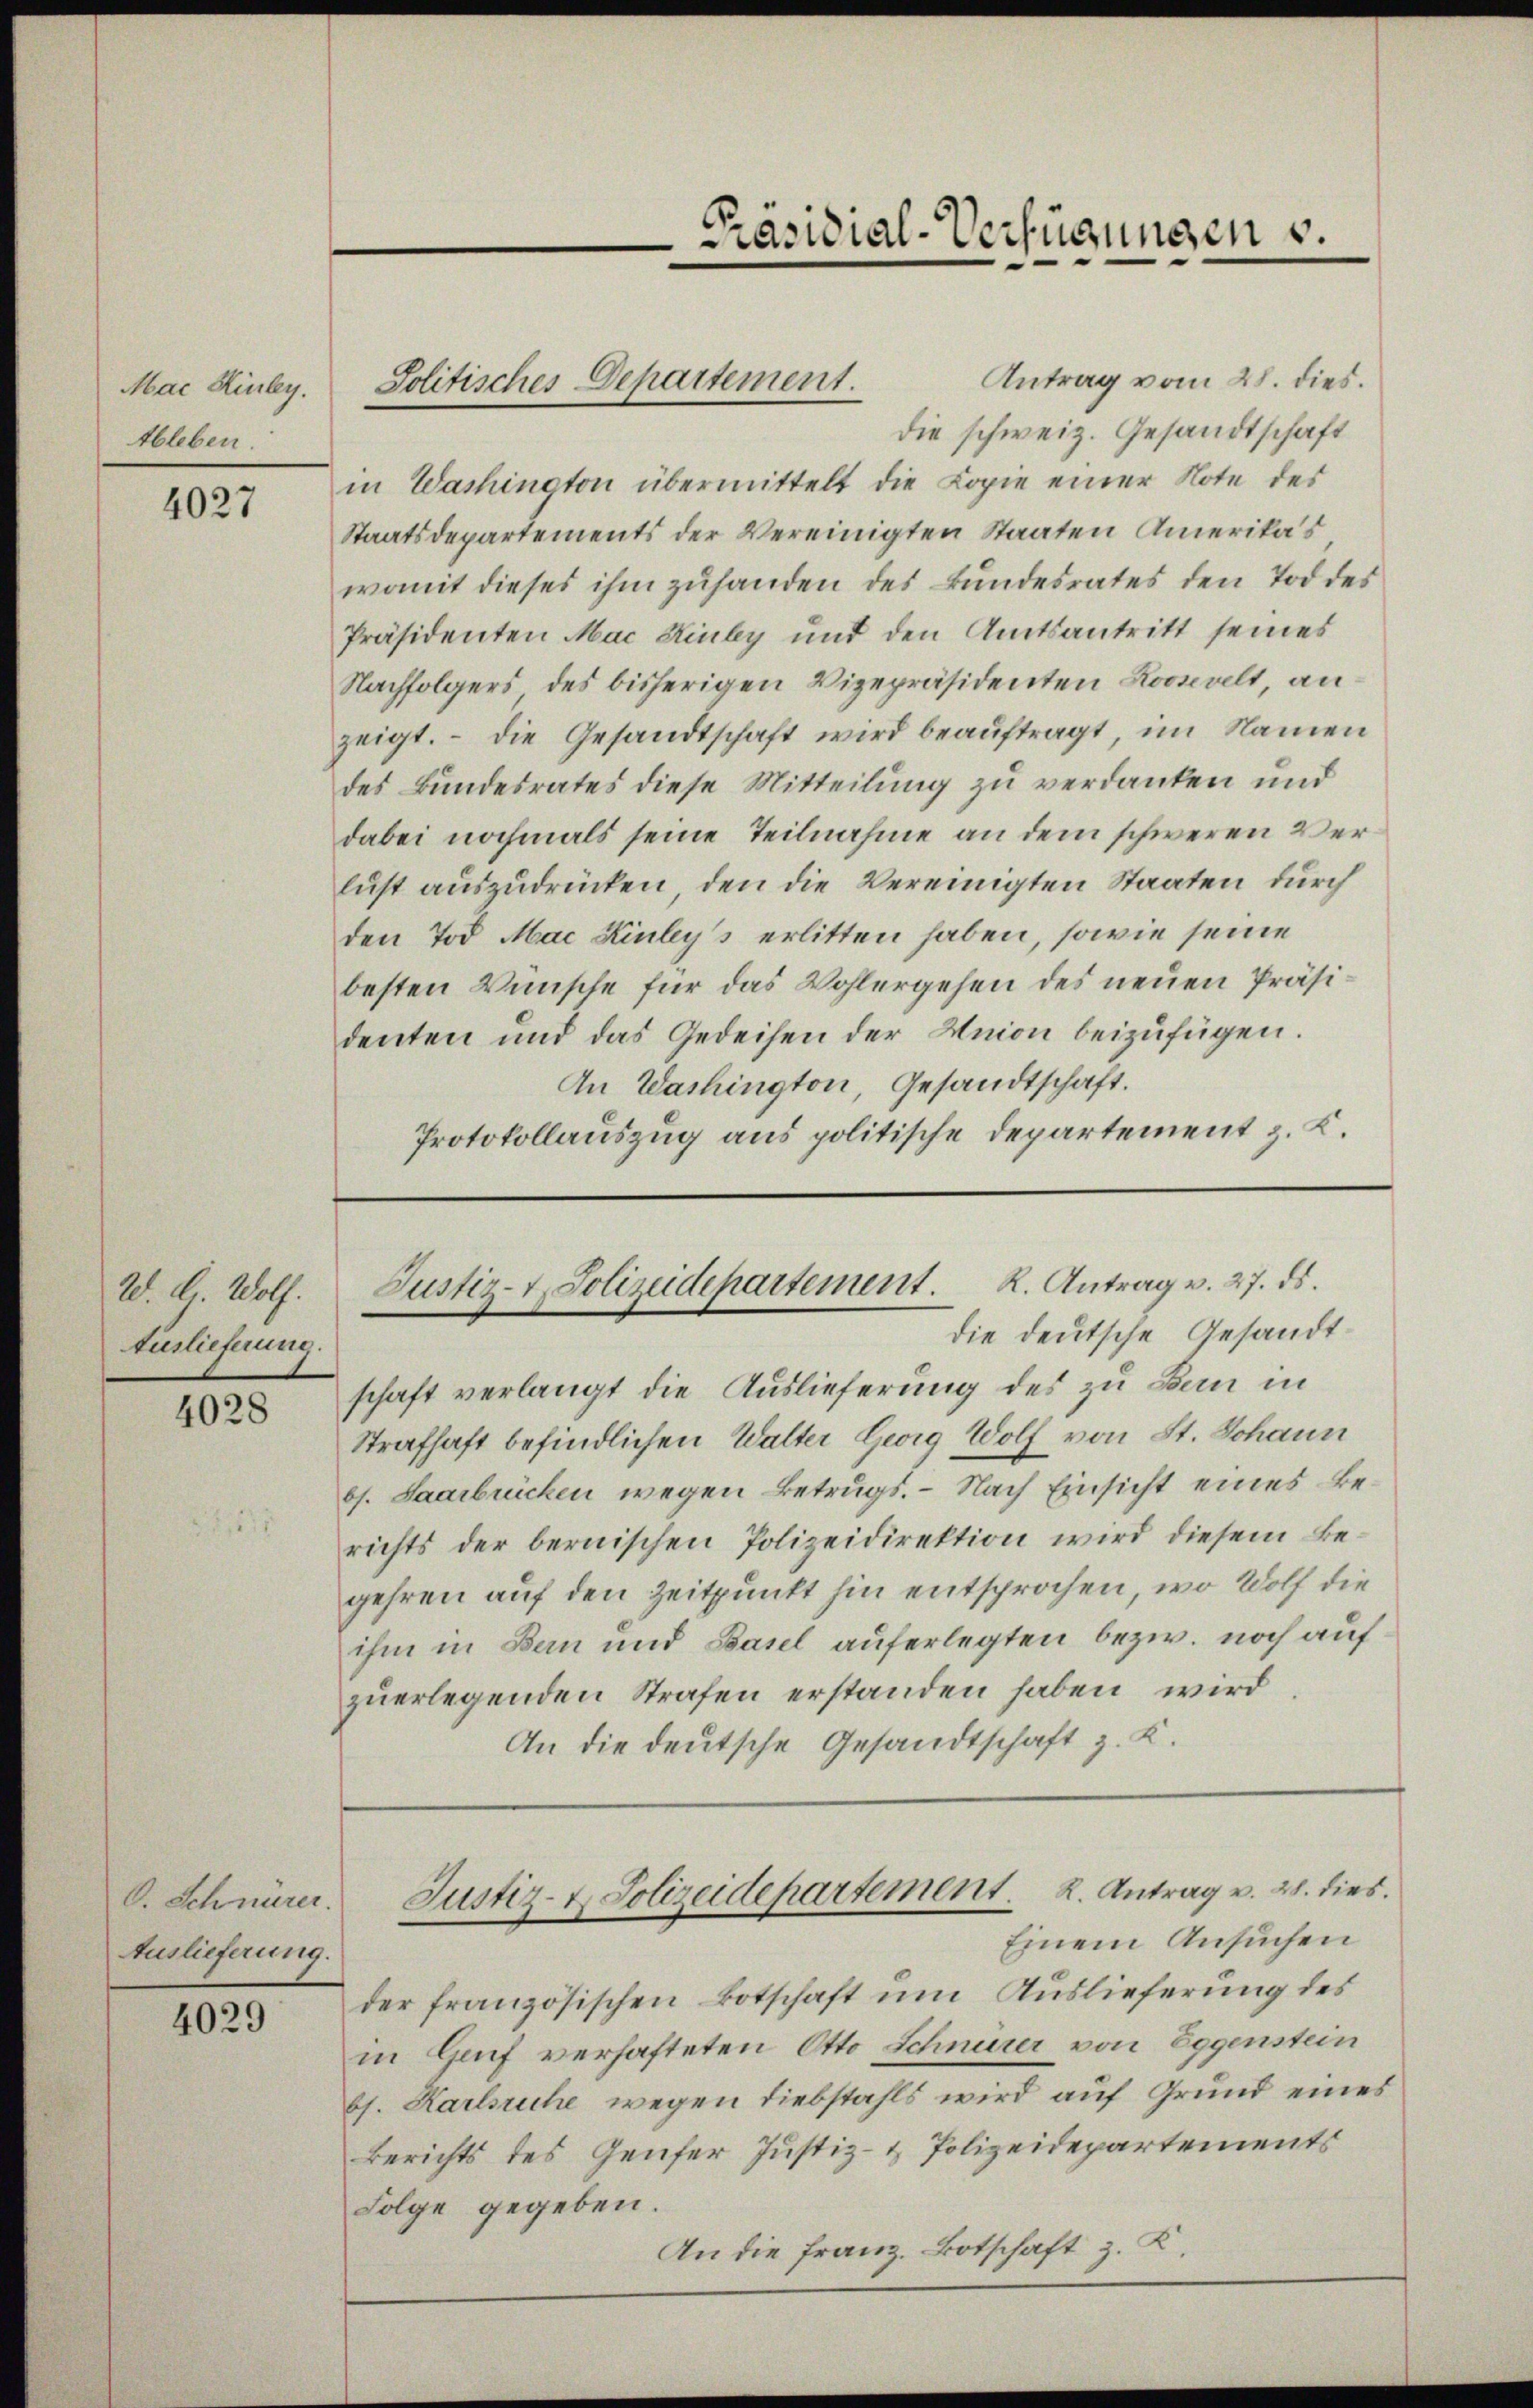
Mac Kinley.
tbleben.

4027

20. d. Wolf.
Auslieferung.

4028

C. Schnurer
Auslieferung.

4029

Antrag vom 28. dies.
die schweiz. Gesandtschaft
in Washington übermittelt die Kopie einer Note des
Staatsdepartements der Vereinigten Staaten Amerikas
womit dieses ihm zuhanden des Bundesrates den Tod des
Präsidenten Mac Kinky und den Amtsantritt seines
Nachfolgers des bisherigen Vizepräsidenten Roosalt an
zeigt. – Die Gesandtschaft wird beauftragt, im Namen
des Bundesrates diese Mitteilung zu verdanken und
dabei nochmals seine Teilnahme an dem schweren Verlust auszudrücken, den die Vereinigten Staaten durch
den Tod. Mai Kinleys erlitten haben, sowie seine
besten Wünsche für das Wohlergehen des neuen Präsidenten und das Gedeihen der Union beizufügen.
An Washington, Gesandtschaft.
Protokollauszug aus politische Departement z. K.

Politisches Departement.

Präsidial-Verfügungen v.

Justiz- & Polizeidepartement. K. Antrag v. 27. ds.
die deutsche Gesandt¬

schaft verlangt die Auslieferung des zu den in
Strafhaft befindlichen Walter Georg Wolf von St. Johann
bl. Saarbuicken wegen Betrugs. - Nach Einsicht eines Berichts der bernischen Polizeidirektion wird diesem Begehren auf den Zeitpunkt hin entsprochen, wo Wolf die
ihm in Bau und Basel auferlegten bezw. noch auf
zuerlegenden Strafen erstanden haben, wird
An die deutsche Gesandtschaft z. K.

der französischen Botschaft um Auslieferung des
in Genf verhafteten Otto Schnurer von Eggenstein
bs. Karlsruhe wegen Liebstahls wird auf Grund eines
Berichts des Genfer Justiz- & Polizeidepartements
Folge gegeben.
An die Franz. Botschaft z. K.

Justiz- & Polizeidepartement. K. Antrag v. 28. dies
Einem Ansuchen